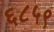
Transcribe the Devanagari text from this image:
६८५९